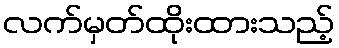
လက်မှတ်ထိုးထားသည့်